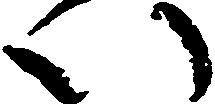
い